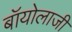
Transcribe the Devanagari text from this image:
बॉयोलाजी